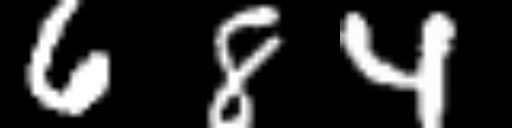
Text: 684